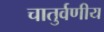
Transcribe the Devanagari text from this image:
चातुर्वणीय